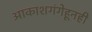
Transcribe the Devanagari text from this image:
आकाशगंगेहूनही